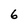
Character: 6